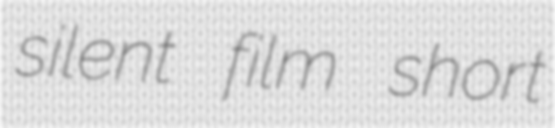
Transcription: silent film short